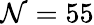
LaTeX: \mathcal{N}=55